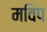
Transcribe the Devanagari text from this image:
मविप